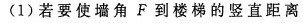
(1) 若要使墙角F到楼梯的竖直距离